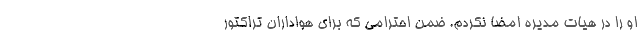
او را در هیات مدیره امضا نکردم. ضمن احترامی که برای هواداران تراکتور